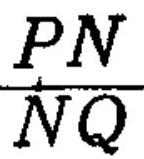
\(\frac{PN}{NQ}\)